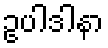
ဥပါဒါနာ